Insane asylums in Bengal annual reports 1867-1875 - 1867-1875
Year: 1867
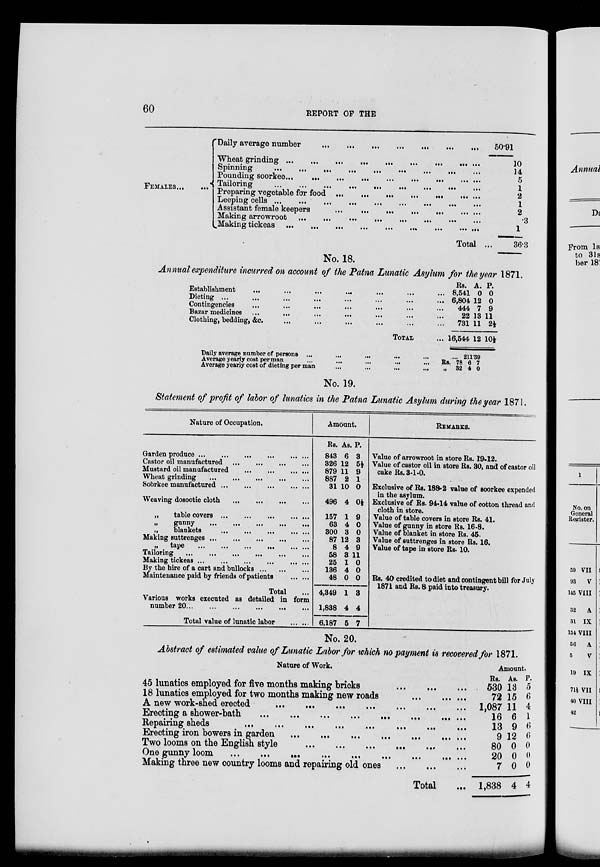
60
REPORT OF THE
FEMALES
...
...
Daily average number
...
...
...
...
...
...
...
Wheat grinding ...
...
...
...
...
...
...
...
...
Spinning
...
...
...
...
...
...
...
...
...
Pounding soorkee...
...
...
...
...
...
...
...
...
Tailoring
...
...
...
...
...
...
...
...
...
Preparing vegetable for food ... ... ... ... ... ... ...
Leeping cells ...
...
...
...
...
...
...
...
...
Assistant female keepers
...
...
...
...
... ... ...
Making arrowroot
...
...
...
...
...
...
...
...
...
Making tickeas
...
...
...
...
...
...
...
...
...
Total ...
50.91
10
14
5
1
2
1
2
.3
1
36.3
No. 18.
Annual expenditure incurred on account of the Patna Lunatic Asylum for the year 1871.
Establishment ... ... ... ... ... ... ...
Dieting
...
...
...
...
...
...
...
...
Contingencies ... ... ... ... ... ... ...
Bazar medicines ... ... ... ... ... ... ...
Clothing, bedding, &c. ... ... ... ... ... ...
TOTAL ...
Rs.
8,541
6,804
444
22
731
16,544
A.
0
12
7
13
11
12
P.
0
0
9
11
2½
10½
Daily average number of persons
...
...
...
...
...
...
Average yearly cost per man ... ... ... ... ...
Average yearly cost of dieting per man
...
...
...
...
Rs.
„
78
32
211.39
6
4
7
0
No. 19.
Statement of profit of labor of lunatics in the Patna Lunatic Asylum during the year 1871.
Nature of Occupation.
Garden produce
...
...
...
...
...
...
Castor oil manufactured ... ... ... ...
Mustard oil manufactured
...
...
...
...
Wheat grinding
...
...
...
... ...
Soorkee manufactured
...
...
...
...
...
Weaving dosootie cloth ... ... ... ...
„
table covers ...
...
...
...
...
„ gunny
...
...
...
...
...
„
blankets
...
...
...
...
...
Making suttrenges
...
...
...
...
...
„
tape
...
...
...
...
...
...
Tailoring
...
...
...
...
...
...
Making tickeas
...
...
...
...
...
...
By the hire of a cart and bullocks
...
...
...
Maintenance paid by friends of patients
... ...
Total ...
Various works executed as detailed in form
number 20
...
...
...
...
...
...
Total value of lunatic labor ... ...
Amount.
Rs.
843
326
879
887
31
496
157
63
300
87
8
58
25
136
48
4,349
1,838
6,187
As.
6
12
11
2
10
4
1
4
3
12
4
3
1
4
0
1
4
5
P.
3
5½
9
1
0
0½
9
0
0
3
9
11
0
0
0
3
4
7
REMARKS.
Value of arrowroot in store Rs. 19-12.
Value of castor oil in store Rs. 30, and of castor oil
cake Rs. 3-1-0.
Exclusive of Rs. 188-2 value of soorkee expended
in the asylum.
Exclusive of Rs. 94-14 value of cotton thread and
cloth in store.
Value of table covers in store Rs. 41.
Value of gunny in store Rs. 16-8.
Value of blanket in store Rs. 45.
Value of suttrenges in store Rs. 16.
Value of tape in store Rs. 10.
Rs. 40 credited to diet and contingent bill for July
1871 and Rs. 8 paid into treasury.
No. 20.
Abstract of estimated value of Lunatic Labor for which no payment is recovered for 1871.
Nature of Work.
45 lunatics employed for five months making bricks
...
...
...
18 lunatics employed for two months making new roads
...
...
...
A new work-shed erected ... ... ... ... ... ... ...
Erecting a shower-bath
...
...
...
...
...
...
...
...
Repairing sheds
...
...
...
...
...
...
...
...
Erecting iron bowers in garden
...
...
...
...
...
...
...
Two looms on the English style
...
...
...
... ... ...
One gunny loom
...
...
...
...
...
...
...
...
...
Making three new country looms and repairing old ones
...
...
...
Total ...
Amount.
Rs.
530
72
1,087
16
13
9
80
20
7
1,838
As.
13
15
11
6
9
12
0
0
0
4
P.
5
6
4
1
6
6
0
0
0
4